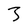
Character: 3